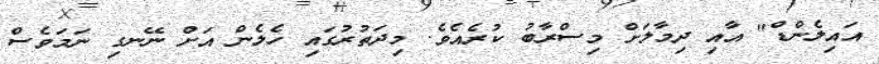
އައިލެންޑް" އާއި ދިމާލަށް މިސްރާބު ކުރެއެވެ. މިދަތުރުގައި ހެލެން އަށް ނޭނގި ނަމަވެސް